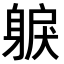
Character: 𨉕